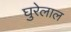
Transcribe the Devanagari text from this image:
घुरेलाल